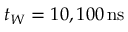
t _ { W } = 1 0 , 1 0 0 \, \mathrm { n s }